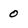
Character: 0